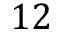
1 2